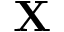
\mathbf { X }